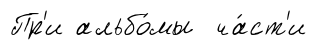
Пр'и альбо́мы ча́ст'и